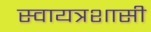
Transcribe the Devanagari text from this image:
स्वायत्रशासी